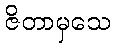
ဇိတာမှသေ